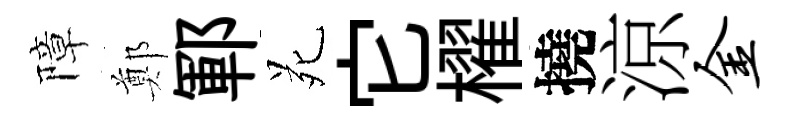
障鄭鄆苑它櫂撓涼金